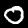
Label: 0